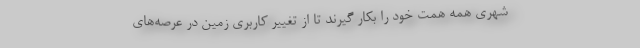
شهری همه همت خود را بکار گیرند تا از تغییر کاربری زمین در عرصه‌های